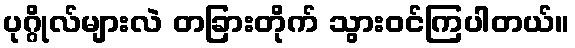
ပုဂ္ဂိုလ်များလဲ တခြားတိုက် သွားဝင်ကြပါတယ်။